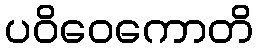
ပဝိဝေကောတိ